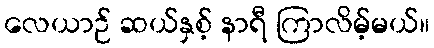
လေယာဉ် ဆယ်နှစ့် နာရီ ကြာလိမ့်မယ်။